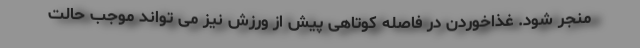
منجر شود. غذاخوردن در فاصله کوتاهی پیش از ورزش نیز می تواند موجب حالت